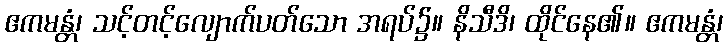
ဧကမန္တံ၊ သင့်တင့်လျောက်ပတ်သော အရပ်၌။ နိသီဒိ၊ ထိုင်နေ၏။ ဧကမန္တံ၊